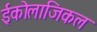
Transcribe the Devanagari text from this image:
ईकोलाजिकल